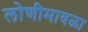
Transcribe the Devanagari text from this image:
लोणीमावळा